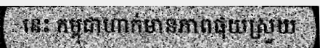
នេះ កម្ពុជាហាក់មានភាពផុយស្រួយ